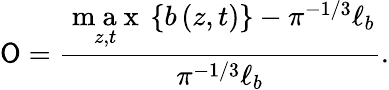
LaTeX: \mathsf{O}=\frac{{\underset{z,t}{\mathrm{{~m~a~x~}}}\left\{ b\left(z,t\right)\right\} -\pi^{-1/3}\ell_{b}}}{{\pi^{-1/3}\ell_{b}}}.